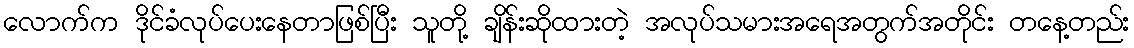
လောက်က ဒိုင်ခံလုပ်ပေးနေတာဖြစ်ပြီး သူတို့ ချိန်းဆိုထားတဲ့ အလုပ်သမားအရေအတွက်အတိုင်း တနေ့တည်း